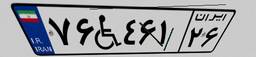
۷۶W۴۶۱۲۶